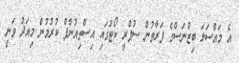
އެ މައްސަލަ ބިޒްނަސްގެ ފަރާތުން ސުޕްރީ ކޯޓުގައި އިސްތިއުނާފް ކުރުމުން މިއަދު ވަނީ